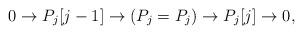
LaTeX: \begin{align*} 0 \rightarrow P_j[j-1] \rightarrow (P_j = P_j) \rightarrow P_j[j] \rightarrow 0, \end{align*}